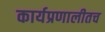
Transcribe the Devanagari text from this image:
कार्यप्रणालीतच